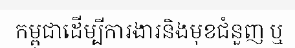
កម្ពុជាដើម្បីការងារនិងមុខជំនួញ ឬ